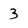
Character: 3